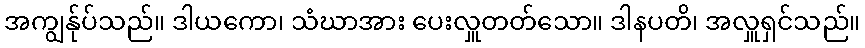
အကျွန်ုပ်သည်။ ဒါယကော၊ သံဃာအား ပေးလှူတတ်သော။ ဒါနပတိ၊ အလှူရှင်သည်။